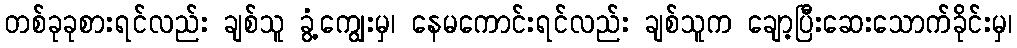
တစ်ခုခုစားရင်လည်း ချစ်သူ ခွံ့ကျွေးမှ၊ နေမကောင်းရင်လည်း ချစ်သူက ချော့ပြီးဆေးသောက်ခိုင်းမှ၊